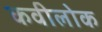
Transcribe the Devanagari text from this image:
कवीलोक